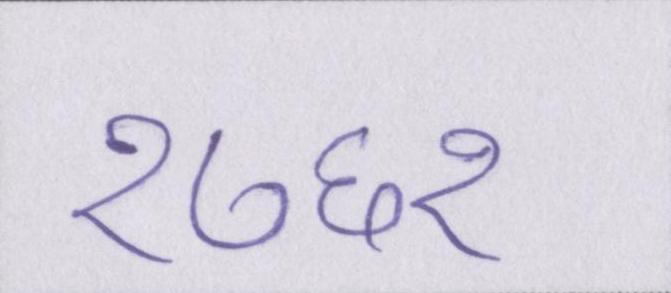
१७६१